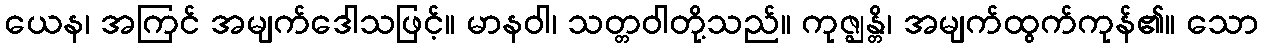
ယေန၊ အကြင် အမျက်ဒေါသဖြင့်။ မာနဝါ၊ သတ္တဝါတို့သည်။ ကုဇ္ဈန္တိ၊ အမျက်ထွက်ကုန်၏။ သော